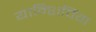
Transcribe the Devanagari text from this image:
यान्शिपिंग